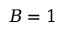
B = 1